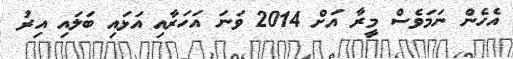
އެހެން ނަމަވެސް މީރާ އަށް 2014 ވަނަ އަހަރާއި އަޅައި ބަލައި އިރު